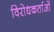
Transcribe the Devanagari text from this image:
विरोधकर्ताओं